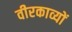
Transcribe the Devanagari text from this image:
वीरकाव्यों